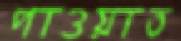
পাওয়াত